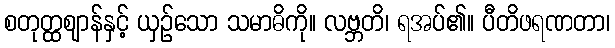
စတုတ္ထဈာန်နှင့် ယှဉ်သော သမာဓိကို။ လဗ္ဘတိ၊ ရအပ်၏။ ပီတိဖရဏတာ၊